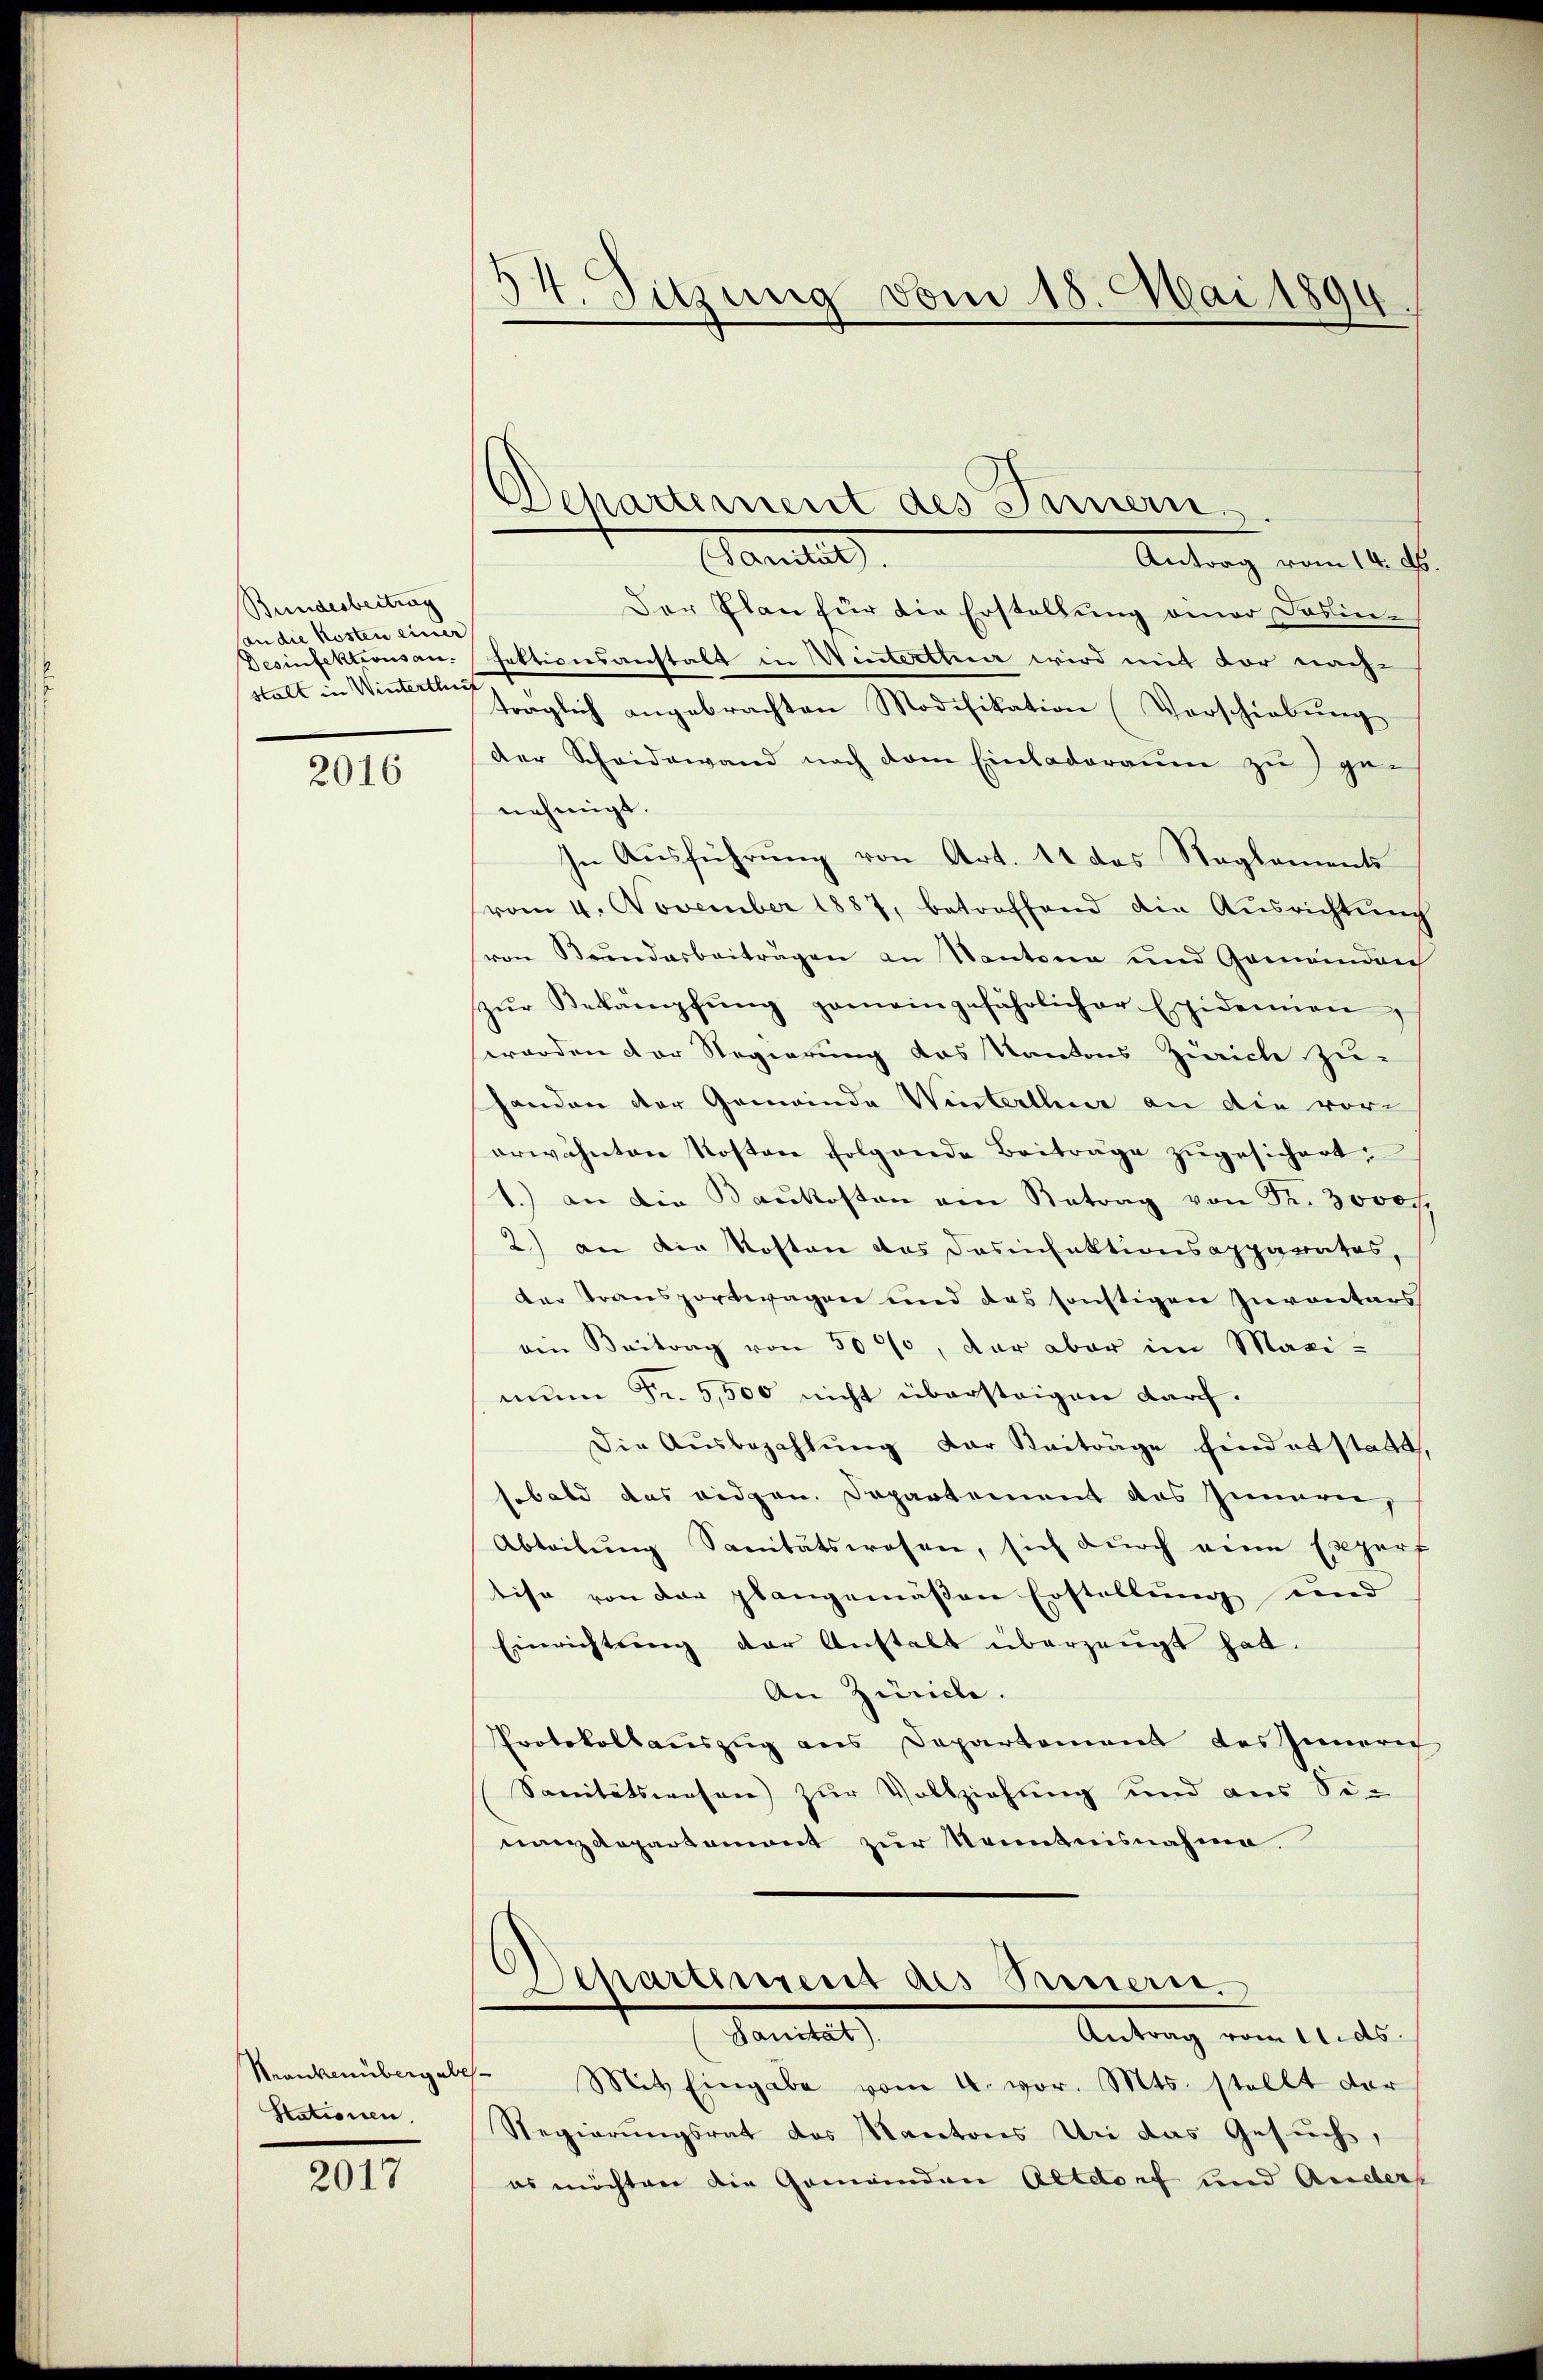
Bundesbeitrag
(an die Kosten einer
Desinfektionsanstalt in Wintertlich

2016

Stationen.

2017

54. Sitzung vom 18. Mai 1894
2

Departement des Innern

Manteil
Antrag vom 14. ds.
Der Plan für die Erstellung einer Dosinfektionsanstalt in Winterthur wird mit vor nach-
traglich angebrachten Modifikation Verschiebung
der Scheidewand nach dem Einladeraum zu ge-
nehmigt.
In Ausführung von Art. 11 das Reglements
vom 4. November 1887, betreffend die Aŭsrichtŭng
ven Bendarbeiträgen an Kantona und Gemeindauch
zŭr Bekämpfŭng gemeingefährlicher Epidemien,
worden der Regierung das Kantons Zürich zu-
Ganden der Gemeinde Winterther an die vor-
erwähnten Kosten folgende Beitrage zugesichert.
1.) an die Baukosten ein Betrag von Fr. 3000
2.) an die Kosten das Dasinfektionsapparates,
der Transportwagen und des sonstigen Inventars
ein Beitrag von 5000, der aber im Maxi-
mun Fr. 5,500 nicht übersteigen durch.
Die Aŭsbezahlŭng der Beiträge findet statt,
sobald das eidgen. Departement des Innen,
Abteilung Sanitätswesen, sich durch eine Expert
tise von der plangemäßen Erstellung und
Einrichtŭng der Anstalt überzeugt hat.
An Zürich.
Protokollauszug aus Departement des Innern
Sanitätswesen zur Vollziehung und aus Sin
nanzdepartenwert zur Kenntnisnahme
Departement des Prinern,
Antrag vom 11. ds.
Sanitat
Krankenbergelt. Mit Eingabe vom 4. vor. Mts. stellt dar
Regierungsrat des Kantons Uri das Gesuch,
es möchten die Gemeinden Altdorf und Anders